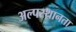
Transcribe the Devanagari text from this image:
अल्पस्थानता